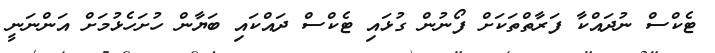
ޓެކްސް ނުދައްކާ ފަރާތްތަކަށް ފޯނުން ގުޅައި ޓެކްސް ދައްކައި ބަޔާން ހުށަހެޅުމަށް އަންނަނީ